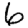
Digit: 6